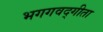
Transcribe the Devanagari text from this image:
भगगवद्गीता